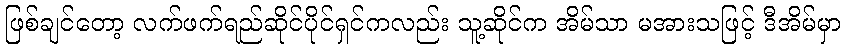
ဖြစ်ချင်တော့ လက်ဖက်ရည်ဆိုင်ပိုင်ရှင်ကလည်း သူ့ဆိုင်က အိမ်သာ မအားသဖြင့် ဒီအိမ်မှာ